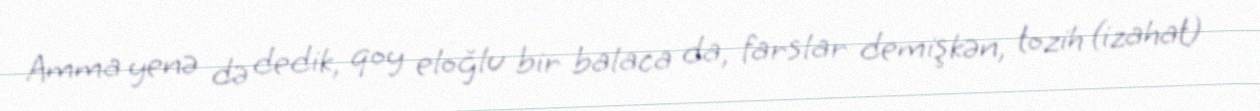
Amma yenə də dedik, qoy eloğlu bir balaca da, farslar demişkən, tozih (izahat)